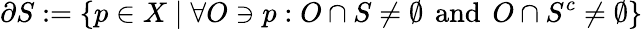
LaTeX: \partial S:=\{ p\in X\mid\forall O\ni p:O\cap S\neq\emptyset\, {\mathrm{~and~}}\, O\cap S^{c}\neq\emptyset\}